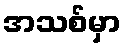
အသစ်မှာ